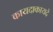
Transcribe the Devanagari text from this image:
कायदाकायदे